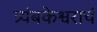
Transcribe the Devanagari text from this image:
त्र्यंबकेश्वराचं